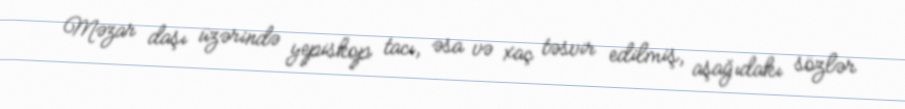
Məzar daşı üzərində yepiskop tacı, əsa və xaç təsvir edilmiş, aşağıdakı sözlər